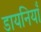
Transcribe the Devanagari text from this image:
डायनियाँ